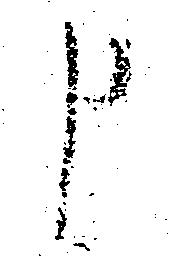
申